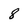
Character: 8